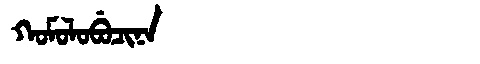
Manchu: ᡴᠣᠮᠣᠯᠣᠪᡠᠴᡳᠨᠠ
Romanization: KOMOLOBUCINA